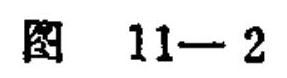
图 11-2